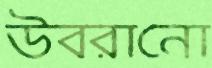
উবরানো